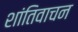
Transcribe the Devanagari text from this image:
शांतिवाचन